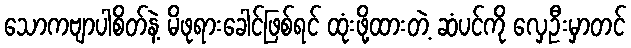
သောကဗျာပါစိတ်နဲ့ မိဖုရားခေါင်ဖြစ်ရင် ထုံးဖို့ထားတဲ့ ဆံပင်ကို လှေဦးမှာတင်